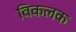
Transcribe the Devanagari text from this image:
विकलक